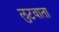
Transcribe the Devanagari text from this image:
लुटवाता